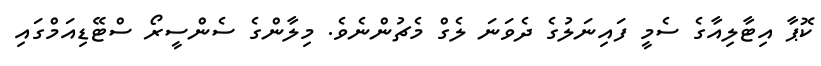
ކޮޕާ އިޓާލިއާގެ ސެމީ ފައިނަލުގެ ދެވަނަ ލެގް މެޗުންނެވެ. މިލާންގެ ސެންސީރޯ ސްޓޭޑިއަމްގައި